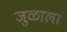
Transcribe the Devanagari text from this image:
जुळाला